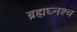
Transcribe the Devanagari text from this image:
ब्रह्मघ्नश्च